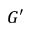
G ^ { \prime }